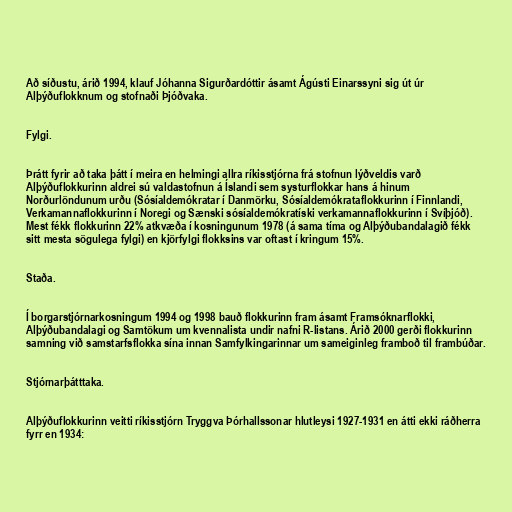
Að síðustu, árið 1994, klauf Jóhanna Sigurðardóttir ásamt Ágústi Einarssyni sig út úr
Alþýðuflokknum og stofnaði Þjóðvaka.

Fylgi.

Þrátt fyrir að taka þátt í meira en helmingi allra ríkisstjórna frá stofnun lýðveldis varð
Alþýðuflokkurinn aldrei sú valdastofnun á Íslandi sem systurflokkar hans á hinum
Norðurlöndunum urðu (Sósíaldemókratar í Danmörku, Sósíaldemókrataflokkurinn í Finnlandi,
Verkamannaflokkurinn í Noregi og Sænski sósíaldemókratíski verkamannaflokkurinn í Svíþjóð).
Mest fékk flokkurinn 22% atkvæða í kosningunum 1978 (á sama tíma og Alþýðubandalagið fékk
sitt mesta sögulega fylgi) en kjörfylgi flokksins var oftast í kringum 15%.

Staða.

Í borgarstjórnarkosningum 1994 og 1998 bauð flokkurinn fram ásamt Framsóknarflokki,
Alþýðubandalagi og Samtökum um kvennalista undir nafni R-listans. Árið 2000 gerði flokkurinn
samning við samstarfsflokka sína innan Samfylkingarinnar um sameiginleg framboð til frambúðar.

Stjórnarþátttaka.

Alþýðuflokkurinn veitti ríkisstjórn Tryggva Þórhallssonar hlutleysi 1927-1931 en átti ekki ráðherra
fyrr en 1934: